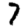
Digit: 7